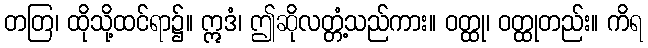
တတြ၊ ထိုသို့ထင်ရာ၌။ ဣဒံ၊ ဤဆိုလတ္တံ့သည်ကား။ ဝတ္ထု၊ ဝတ္ထုတည်း။ ကိရ